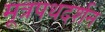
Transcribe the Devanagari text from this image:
मूत्रपथदर्शन